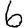
Digit: 6